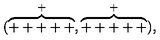
( \stackrel { + } { \overbrace { + + + + + } } , \stackrel { + } { \overbrace { + + + + + } } ) \mathrm { , }